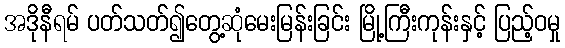
အဒိုနီရမ် ပတ်သတ်၍တွေ့ဆုံမေးမြန်းခြင်း မြို့ကြီးကုန်းနှင့် ပြည့်ဝမှု